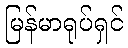
မြန်မာရုပ်ရှင်